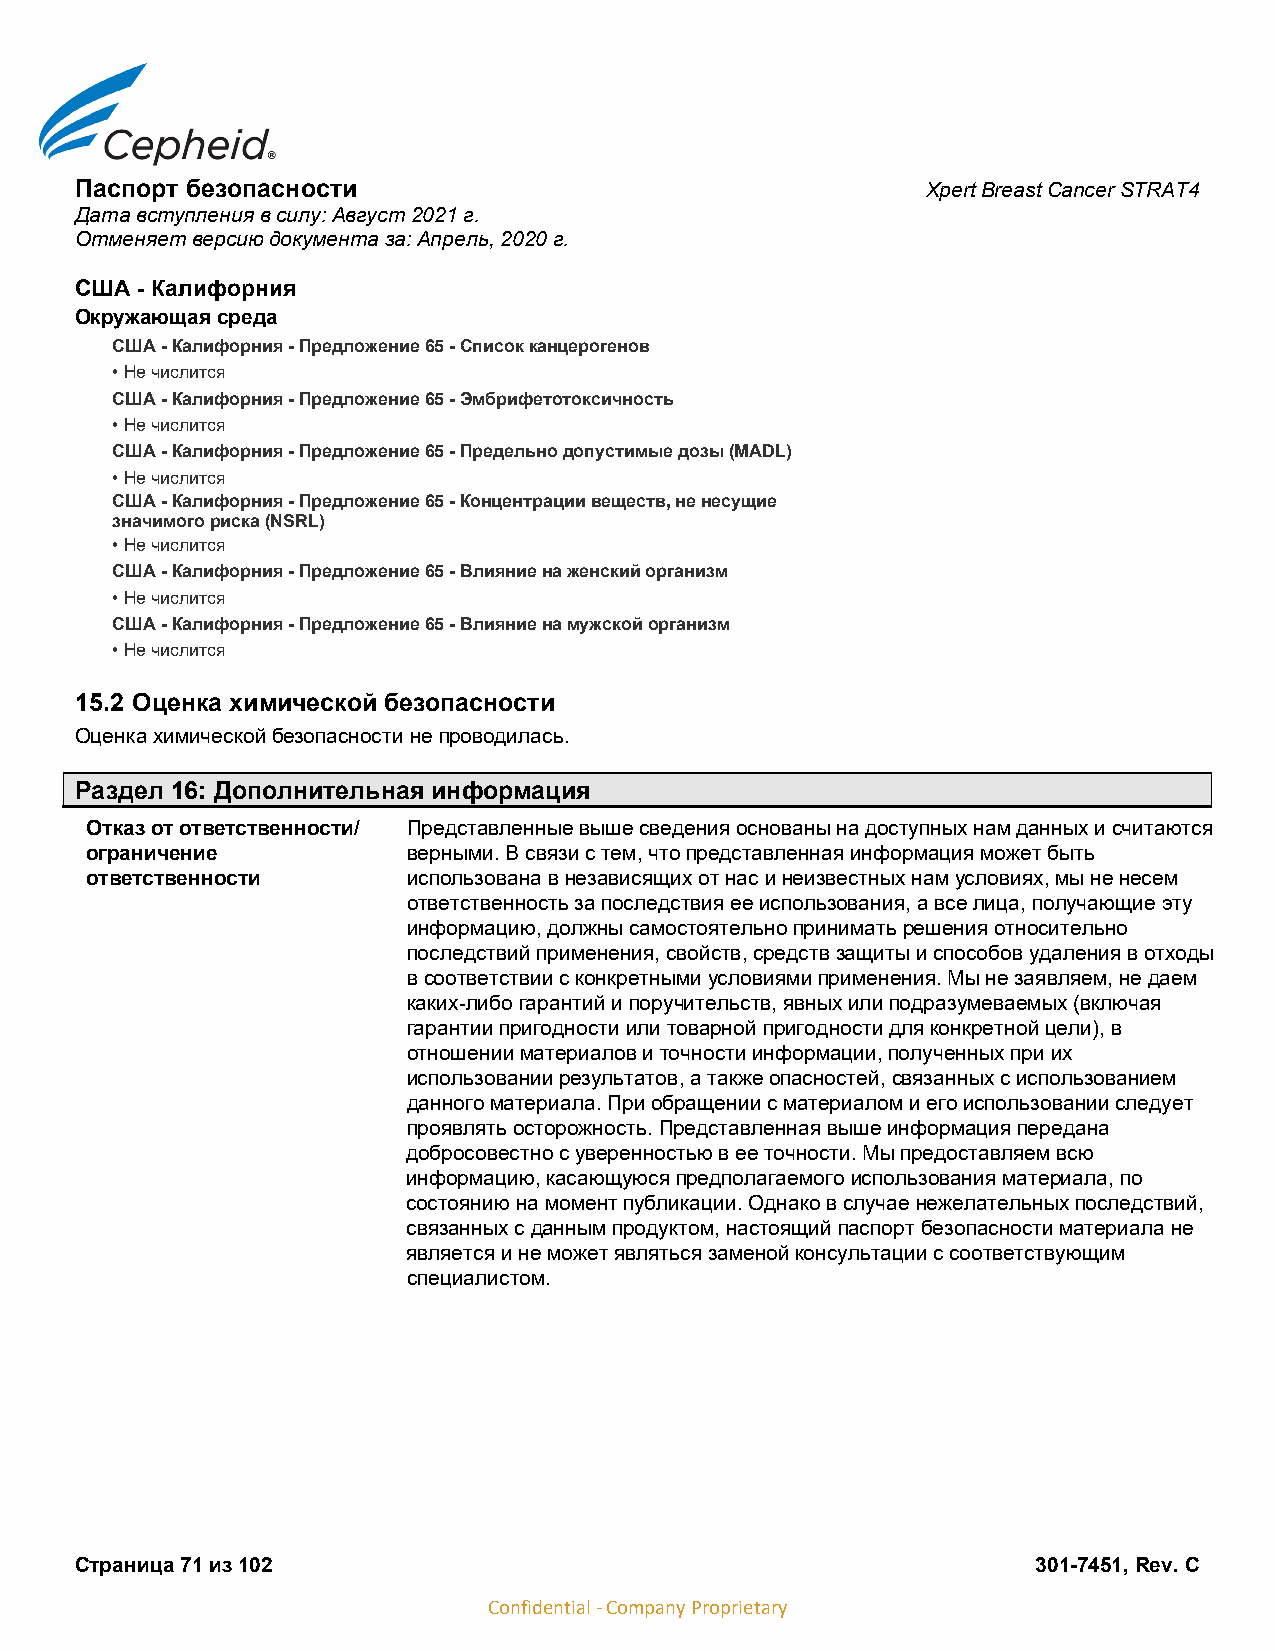
Паспорт безопасности                                    Xpert Breast Cancer STRAT4
 Дата вступления в силу: Август 2021 г.
 Отменяет версию документа за: Апрель, 2020 г.
 США - Калифорния
 Окружающая среда
 США - Калифорния - Предложение 65 - Список канцерогенов
 • Не числится
 США - Калифорния - Предложение 65 - Эмбрифетотоксичность
 • Не числится
 США - Калифорния - Предложение 65 - Предельно допустимые дозы (MADL)
 • Не числится
 США - Калифорния - Предложение 65 - Концентрации веществ, не несущие
 значимого риска (NSRL)
 • Не числится
 США - Калифорния - Предложение 65 - Влияние на женский организм
 • Не числится
 США - Калифорния - Предложение 65 - Влияние на мужской организм
 • Не числится
 15.2 Оценка химической безопасности
 Оценка химической безопасности не проводилась.
 Раздел 16: Дополнительная информация
 Отказ от ответственности/ Представленные выше сведения основаны на доступных нам данных и считаются
 ограничение          верными. В связи с тем, что представленная информация может быть
 ответственности      использована в независящих от нас и неизвестных нам условиях, мы не несем
 ответственность за последствия ее использования, а все лица, получающие эту
 информацию, должны самостоятельно принимать решения относительно
 последствий применения, свойств, средств защиты и способов удаления в отходы
 в соответствии с конкретными условиями применения. Мы не заявляем, не даем
 каких-либо гарантий и поручительств, явных или подразумеваемых (включая
 гарантии пригодности или товарной пригодности для конкретной цели), в
 отношении материалов и точности информации, полученных при их
 использовании результатов, а также опасностей, связанных с использованием
 данного материала. При обращении с материалом и его использовании следует
 проявлять осторожность. Представленная выше информация передана
 добросовестно с уверенностью в ее точности. Мы предоставляем всю
 информацию, касающуюся предполагаемого использования материала, по
 состоянию на момент публикации. Однако в случае нежелательных последствий,
 связанных с данным продуктом, настоящий паспорт безопасности материала не
 является и не может являться заменой консультации с соответствующим
 специалистом.
 Страница 71 из 102                                              301-7451, Rev. C
 Confidential - Company Proprietary